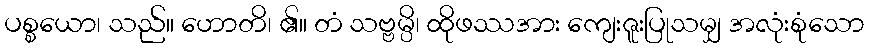
ပစ္စယော၊ သည်။ ဟောတိ၊ ၏။ တံ သဗ္ဗမ္ပိ၊ ထိုဖဿအား ကျေးဇူးပြုသမျှ အလုံးစုံသော